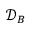
\mathcal { D } _ { B }